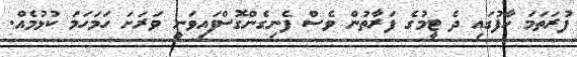
ފުރަތަމަ ހާފުގައި ދެ ޓީމުގެ ފަރާތުން ވެސް ފެނިގެންގޮސްފައިވަނީ ވަރަށަ ހަމަހަމަ ކުޅުމެއް.